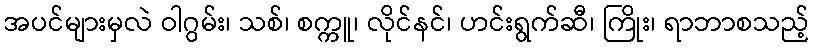
အပင်များမှလဲ ဝါဂွမ်း၊ သစ်၊ စက္ကူ၊ လိုင်နင်၊ ဟင်းရွက်ဆီ၊ ကြိုး၊ ရာဘာစသည့်